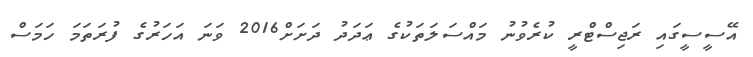
އޭސީސީގައި ރަޖިސްޓްރީ ކުރެވުނު މައްސަލަތަކުގެ ޢަދަދު ދަށަށް2016 ވަނަ އަހަރުގެ ފުރަތަމަ ހަމަސް